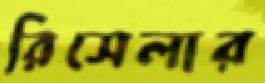
রিসেলার